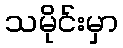
သမိုင်းမှာ